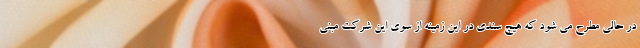
در حالی مطرح می شود که هیچ سندی در این زمینه از سوی این شرکت مبنی